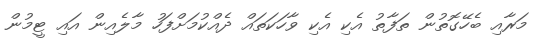
މަރާއި ބެހޭގޮތުން ތަފާތު އެކި އެކި ވާހަކަތައް ދެއްކުމަށްފަހު މާލެއިން އައި ޓީމުން